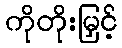
ကိုတိုးမြှင့်